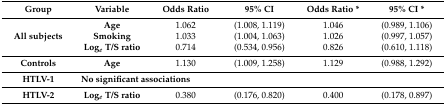
| Group | Variable | Odds Ratio | 95% CI | Odds Ratio * | 95% CI * |
 | --- | --- | --- | --- | --- | --- |
 | <ROWSPAN=3> All subjects | Age | 1.062 | (1.008, 1.119) | 1.046 | (0.989, 1.106) |
 | Smoking | 1.033 | (1.004, 1.063) | 1.026 | (0.997, 1.057) |
 | Loge T/S ratio | 0.714 | (0.534, 0.956) | 0.826 | (0.610, 1.118) |
 | Controls | Age | 1.130 | (1.009, 1.258) | 1.129 | (0.988, 1.292) |
 | HTLV-1 | <COLSPAN=5> No significant associations |
 | HTLV-2 | Loge T/S ratio | 0.380 | (0.176, 0.820) | 0.400 | (0.178, 0.897) |